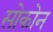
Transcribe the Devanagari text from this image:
सोकोन